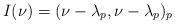
LaTeX: \begin{align*} I(\nu) = ( \nu-\lambda_p, \nu - \lambda_p )_p \end{align*}